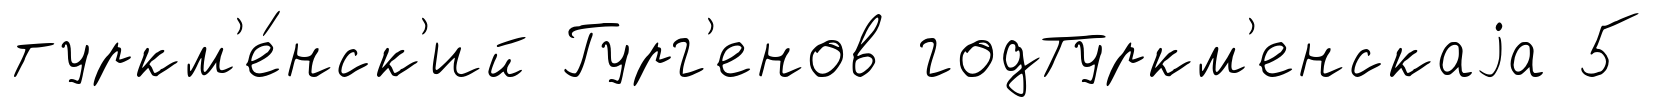
туркм'е́нск'ий Гург'енов годТуркм'енскаjа 5